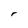
Character: r